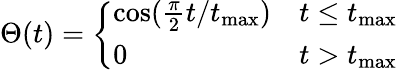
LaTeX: \Theta(t)=\left\{ \begin{array}{ll}{\cos(\frac{\pi}{2}t/t_{\mathrm{max}})}&{t\leq t_{\mathrm{max}}}\\ {0}&{t>t_{\mathrm{max}}}\end{array}\right.